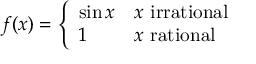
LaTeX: f ( x ) = { \left\{ \begin{array} { l l } { \sin x } & { x { \mathrm { ~ i r r a t i o n a l ~ } } } \\ { 1 } & { x { \mathrm { ~ r a t i o n a l ~ } } } \end{array} \right. }